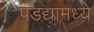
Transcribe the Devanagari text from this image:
पडद्यामध्ये